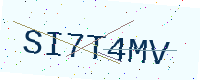
Text: SI7T4MV